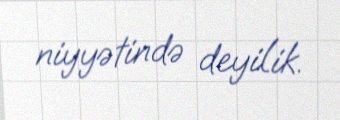
niyyətində deyilik.